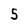
Character: 5